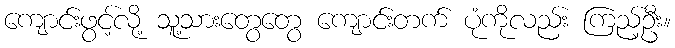
ကျောင်းဖွင့်လို့ သူ့သားတွေတွေ ကျောင်းတက် ပုံကိုလည်း ကြည့်ဦး။